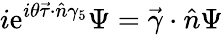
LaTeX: i\mathrm{e}^{i\theta\vec{{\tau}}\cdot\hat{{n}}\gamma_{5}}\Psi=\vec{{\gamma}}\cdot\hat{{n}}\Psi